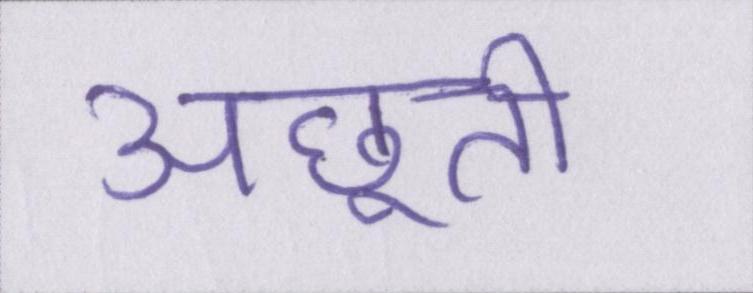
अछूती